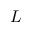
L